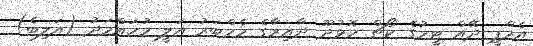
އެމްޕީ ދޭއް ޓީމުގެ ކޯޗް ހޮޅުދޫ ދާއިރާގެ މެމްބަރު އަލީ މުހައްމަދު (އަލިބެ)